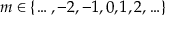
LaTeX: m \in \{ \ldots , - 2 , - 1 , 0 , 1 , 2 , \ldots \}